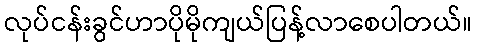
လုပ်ငန်းခွင်ဟာပိုမိုကျယ်ပြန့်လာစေပါတယ်။